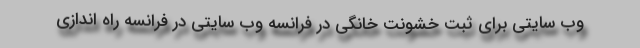
وب سایتی برای ثبت خشونت خانگی در فرانسه وب سایتی در فرانسه راه اندازی